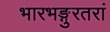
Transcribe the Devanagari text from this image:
भारभङ्गुरतरां